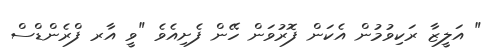
" އަލީޒާ ރަކިވުމުން އެކަން ފޮރުވަން ހޭން ފެށިއެވެ "ވީ އާރ ފްރެންޑްސް